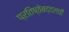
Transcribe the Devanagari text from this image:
प्रतिष्ठेबद्दलची